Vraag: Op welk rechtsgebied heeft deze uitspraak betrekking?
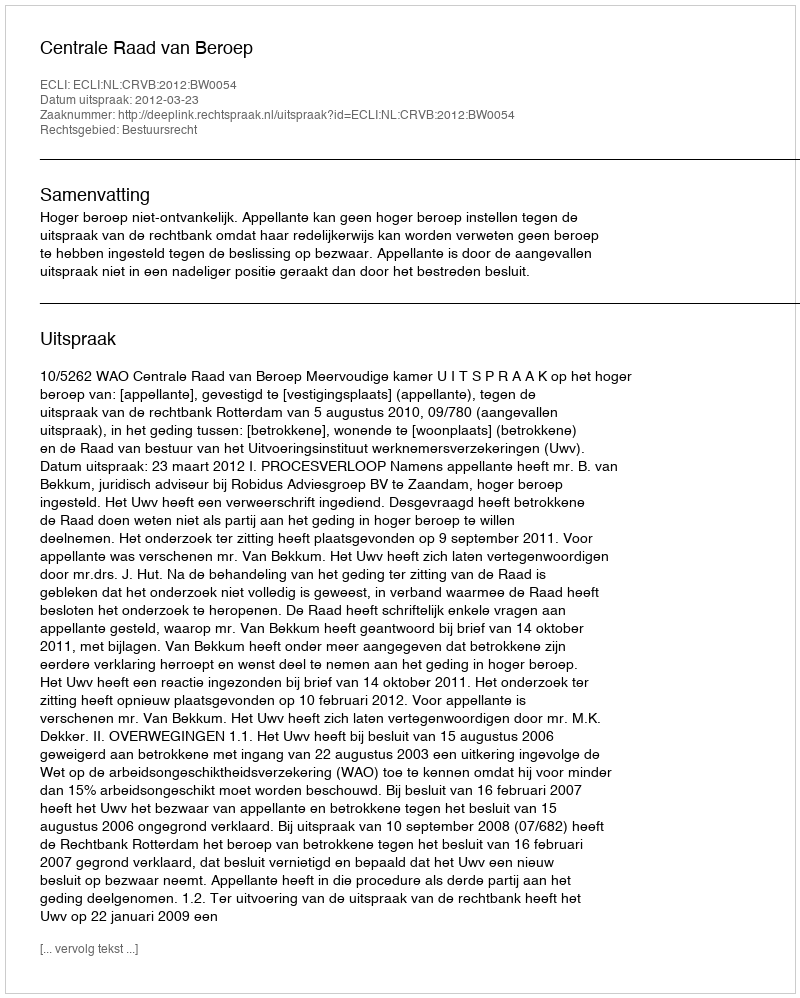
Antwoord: Bestuursrecht